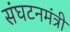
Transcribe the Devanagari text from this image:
संघटनमंत्री